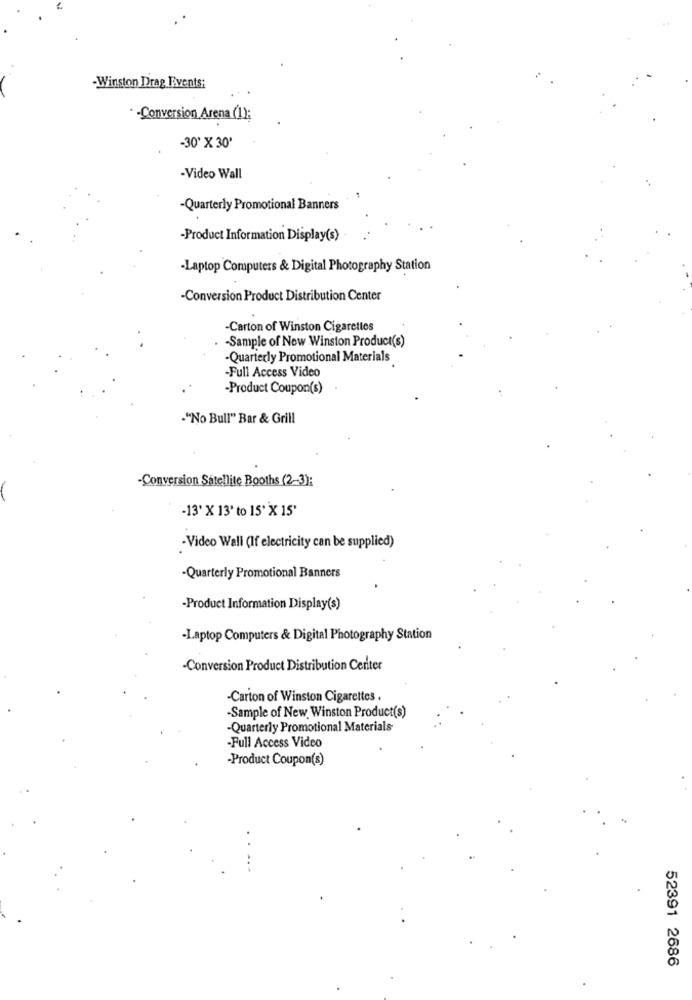
-Winston Drag Events:
. - Conversion Arena (1):
-30' X 30'
-Video Wall
-Quarterly Promotional Banners
-Product Information Display(s)
-Laptop Computers & Digital Photography Station
-Conversion Product Distribution Center
Carton of Winston Cigarettes
-Sample of Now Winston Product(s)
-Quarterly Promotional Materials
-Full Access Video
-Product Coupon(s)
"No Bull" Bar & Grill
-Conversion Satellite Booths (2-3):
-13' X 13' to 15' X 15'
-Video Wall (If electricity can be supplied)
-Quarterly Promotional Banners
-Product Information Display(s)
-Laptop Computers & Digital Photography Station
-Conversion Product Distribution Center
-Carton of Winston Cigarettes .
-Sample of New Winston Product(s)
-Quarterly Promotional Materials
-Full Access Video
-Product Coupon(s)
52391 2686